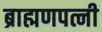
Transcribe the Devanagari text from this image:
ब्राह्मणपत्नी